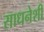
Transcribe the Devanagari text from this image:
साधनेशी